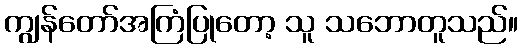
ကျွန်တော်အကြံပြုတော့ သူ သဘောတူသည်။